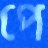
পে